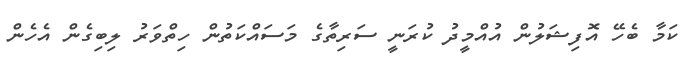
ކަމާ ބެހޭ އޮފިޝަލުން އުއްމީދު ކުރަނީ ސަރިތާގެ މަސައްކަތުން ހިތްވަރު ލިބިގެން އެހެން